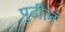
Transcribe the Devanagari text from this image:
पुुढील